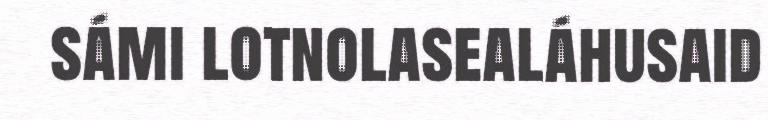
sámi lotnolasealáhusaid